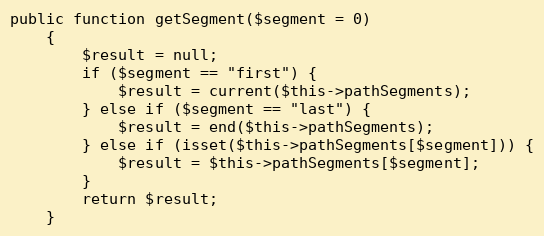
Language: PHP
public function getSegment($segment = 0)
    {
        $result = null;
        if ($segment == "first") {
            $result = current($this->pathSegments);
        } else if ($segment == "last") {
            $result = end($this->pathSegments);
        } else if (isset($this->pathSegments[$segment])) {
            $result = $this->pathSegments[$segment];
        }
        return $result;
    }